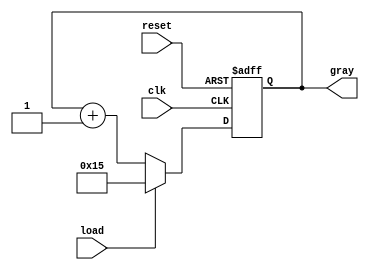
module gray_counter(
  input wire clk, //clock input
  input wire reset, //reset input
  input wire load, //load input
  output reg [4:0] gray //output gray code value
);

  reg [4:0] gray_reg; //gray code register

  always @(posedge clk or posedge reset) begin
    if (reset) begin
      gray_reg <= 5'b00000; //reset to initial value
    end 
    else if (load) begin
      gray_reg <= 5'b10101; //load specific value
    end 
    else begin
      gray_reg <= gray_reg + 1; //increment gray code value
    end
  end

  assign gray = gray_reg; //output gray code value

endmodule